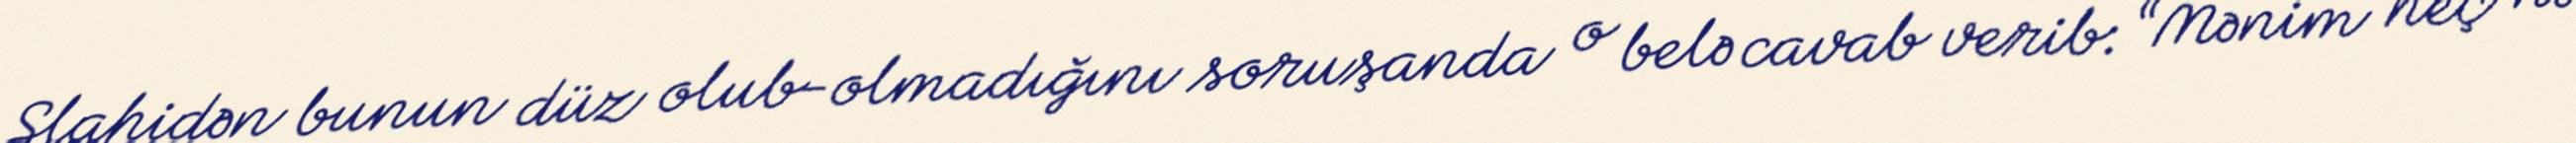
Slahidən bunun düz olub-olmadığını soruşanda o belə cavab verib: “Mənim heç nə